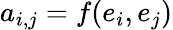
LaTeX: a_{i,j}=f(e_{i},e_{j})